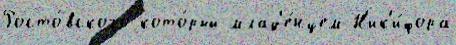
Росто́вского кото́рый млад'е́нцем Н'ик'и́фора